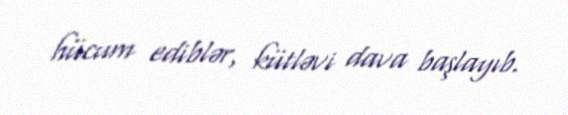
hücum ediblər, kütləvi dava başlayıb.